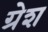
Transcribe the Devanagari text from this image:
ग्रेश